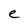
Character: e